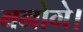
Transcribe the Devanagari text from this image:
बनोगे।